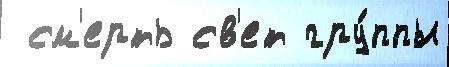
 см'ерть св'ет гру́ппы